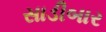
સાડીબાર